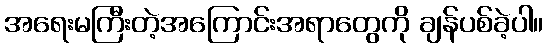
အရေးမကြီးတဲ့အကြောင်းအရာတွေကို ချန်ပစ်ခဲ့ပါ။